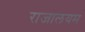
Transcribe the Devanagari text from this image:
राजालयम